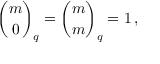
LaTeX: { \binom { m } { 0 } } _ { q } = { \binom { m } { m } } _ { q } = 1 \, ,